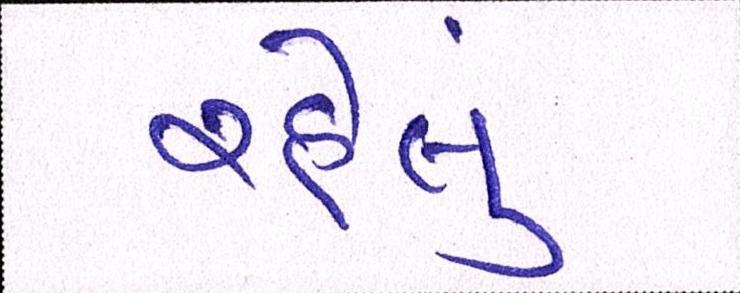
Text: રહેલુ